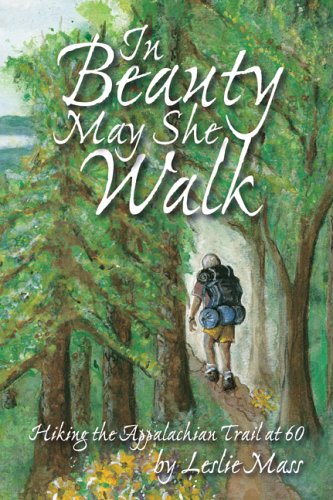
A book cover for In Beauty May She Walk: Hiking the Appalachian Trail at 60; Leslie Mass; Travel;